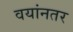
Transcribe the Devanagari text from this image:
वयांनतर